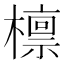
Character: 檩